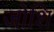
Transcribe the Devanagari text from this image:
जोशि